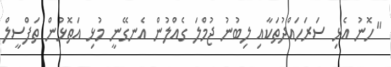
"ހޮނު އެޅި ސަރަހައްދުތަކާއި ލިބުނު ޖުމްލަ ގެއްލުން އެނގޭނީ މުޅި އަތޮޅުން ތަފްސީލް